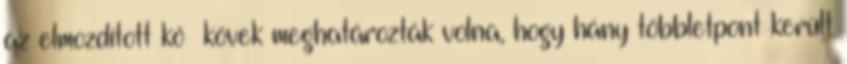
az elmozdított kő kövek meghatározták volna, hogy hány többletpont került